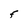
Character: F